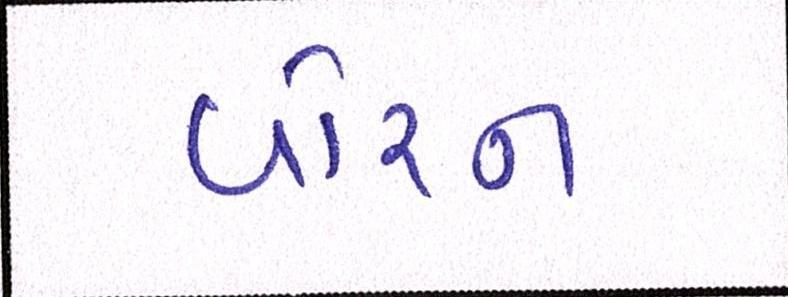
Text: વોરન